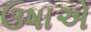
ઉષાએ